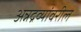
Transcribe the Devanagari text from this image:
अन्नद्रव्यांवरील